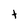
Character: t